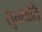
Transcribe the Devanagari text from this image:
सुख्याति